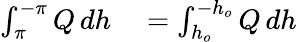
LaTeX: \begin{array}{rl}{\int_{\pi}^{-\pi}Q\, dh}&{{}=\int_{h_{o}}^{-h_{o}}Q\, dh}\end{array}